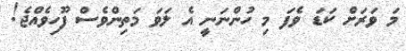
މަ ވަރަށް ކަޑަ ވެފަ މި ހުންނަނީ އެ ލަވަ މަތިންވެސް ފޫހިވެއްޖެ!